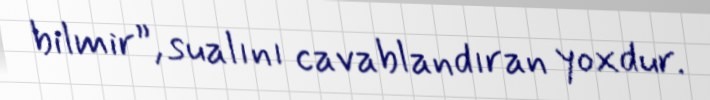
bilmir”, sualını cavablandıran yoxdur.